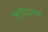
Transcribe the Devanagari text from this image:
डिमिट्रायस